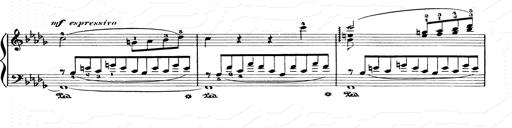
Title: Consolations and LiebestrÃ¤ume for the Piano
Composer: Franz Liszt